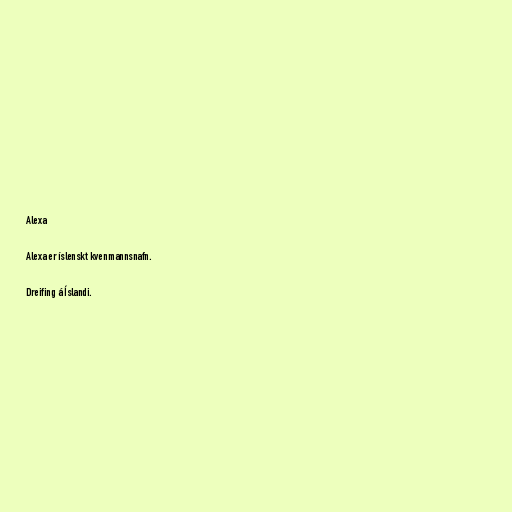
Alexa

Alexa er íslenskt kvenmannsnafn.

Dreifing á Íslandi.